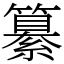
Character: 纂